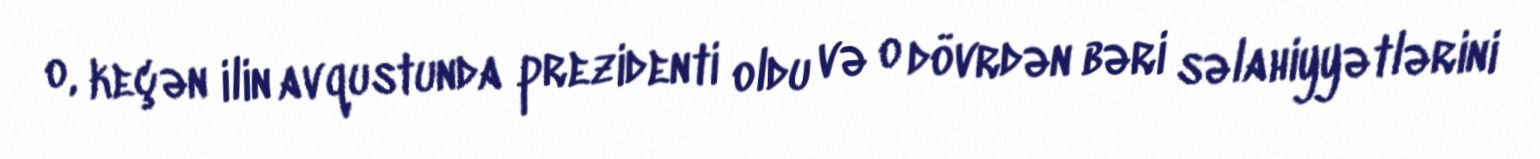
o, keçən ilin avqustunda prezidenti oldu və o dövrdən bəri səlahiyyətlərini